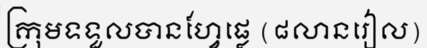
ក្រុមទទួលបានហ្វែផ្លេ (៨លានរៀល)